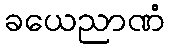
ခယေညာဏံ